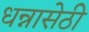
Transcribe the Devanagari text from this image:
धन्नासेठी